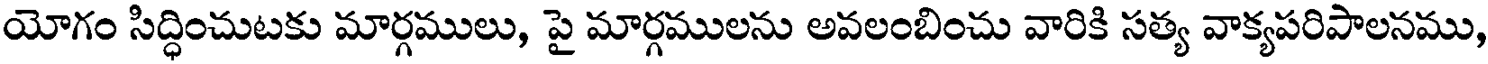
యోగం సిద్ధించుటకు మార్గములు, పై మార్గములను అవలంబించు వారికి సత్య వాక్యపరిపాలనము,